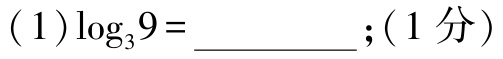
$(1)\log_{3}9=\underline{\qquad\qquad};(1\text{ 分})$